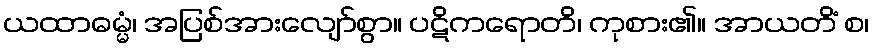
ယထာဓမ္မံ၊ အပြစ်အားလျော်စွာ။ ပဋိကရောတိ၊ ကုစား၏။ အာယတိံ စ၊